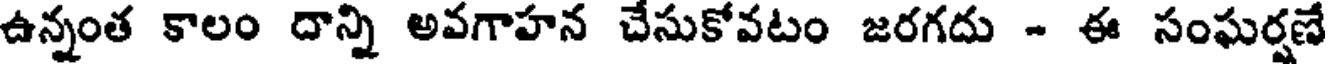
ఉన్నంత కాలం దాన్ని అవగాహన చేసుకోవటం జరగదు - ఈ సంఘర్షణే